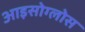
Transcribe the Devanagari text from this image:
आइसोग्लोस